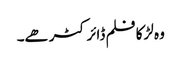
وہ لڑکا فلم ڈائرکٹر ھے۔